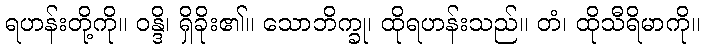
ရဟန်းတို့ကို။ ဝန္ဒိ၊ ရှိခိုး၏။ သောဘိက္ခု၊ ထိုရဟန်းသည်။ တံ၊ ထိုသီရိမာကို။